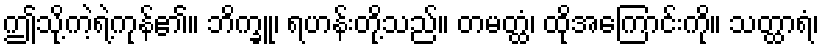
ဤသို့ကဲ့ရဲ့ကုန်၏။ ဘိက္ခူ၊ ရဟန်းတို့သည်။ တမတ္ထံ၊ ထိုအကြောင်းကို။ သတ္ထာရံ၊